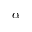
\alpha